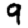
Digit: 9